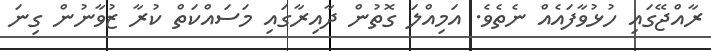
ރާއްޖޭގައި ހުޅުވާފައެއް ނެތެވެ. އަމިއްލަ ގޮތުން ދާއިރާގައި މަސައްކަތް ކުރާ ޒުވާނުން ގިނަ